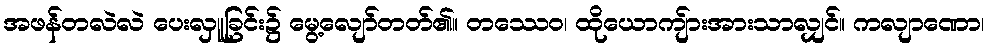
အဖန်တလဲလဲ ပေးလှူခြင်း၌ မွေ့လျော်တတ်၏။ တဿေဝ၊ ထိုယောကျ်ားအားသာလျှင်။ ကလျာဏော၊